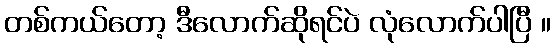
တစ်ကယ်တော့ ဒီလောက်ဆိုရင်ပဲ လုံလောက်ပါပြီ ။